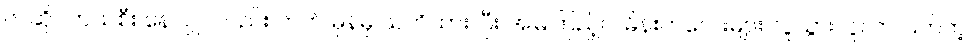
၆. ဆိုင်ကယ်စီး နေလျှင်လည်း ဘက် မှန်မှ သတိထား ပြီး အမြဲကြည့်ပါ မိန်းကလေးများ လူသွားလူလာ ပြတ်တဲ့